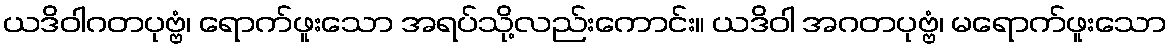
ယဒိဝါဂတပုဗ္ဗံ၊ ရောက်ဖူးသော အရပ်သို့လည်းကောင်း။ ယဒိဝါ အဂတပုဗ္ဗံ၊ မရောက်ဖူးသော